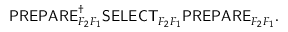
\begin{array} { r } { \mathsf { P R E P A R E } _ { F _ { 2 } F _ { 1 } } ^ { \dagger } \mathsf { S E L E C T } _ { F _ { 2 } F _ { 1 } } \mathsf { P R E P A R E } _ { F _ { 2 } F _ { 1 } } . } \end{array}